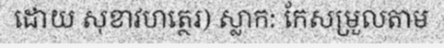
ដោយ សុខាវហត្ថេរ) ស្លាក: កែសម្រួលតាម